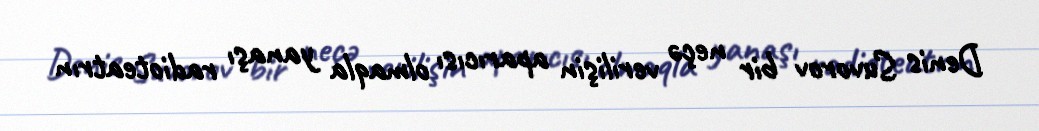
Denis Suvorov bir neçə verilişin aparıcısı olmaqla yanaşı radioteatrın